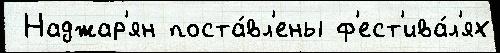
 Наджар'ян поста́вл'ены ф'ест'ива́л'ях